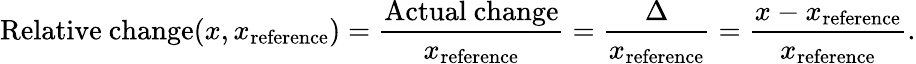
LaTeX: {\mathrm{Relative~change}}(x,x_{\mathrm{reference}})={\frac{\mathrm{Actual~change}}{x_{\mathrm{reference}}}}={\frac{\Delta}{x_{\mathrm{reference}}}}={\frac{x-x_{\mathrm{reference}}}{x_{\mathrm{reference}}}}.